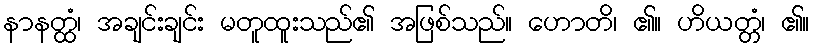
နာနတ္ထံ၊ အချင်းချင်း မတူထူးသည်၏ အဖြစ်သည်။ ဟောတိ၊ ၏။ ဟိယတ္တံ၊ ၏။